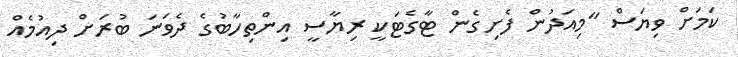
ކަމަށް ވިޔަސް "މިއަދުން ފެށިގެން ޓާގެޓަކީ ރިޔާސީ އިންތިހާބުގެ ދެވަނަ ބުރަށް ދިއުމެއް